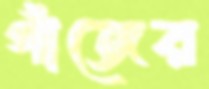
গাঁজের